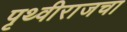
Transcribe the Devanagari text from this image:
पृथ्वीराजचा